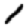
Digit: 1